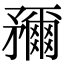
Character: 𥎖